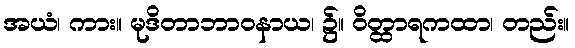
အယံ၊ ကား။ မုဒိတာဘာဝနာယ၊ ၌။ ဝိတ္ထာရကထာ၊ တည်း။